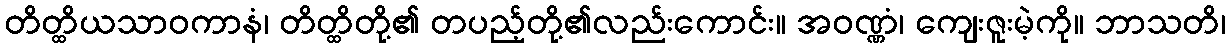
တိတ္ထိယသာဝကာနံ၊ တိတ္ထိတို့၏ တပည့်တို့၏လည်းကောင်း။ အဝဏ္ဏံ၊ ကျေးဇူးမဲ့ကို။ ဘာသတိ၊